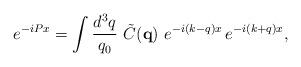
LaTeX: \begin{align*}e^{-iPx} = \int \frac{d^3q}{q_0}\, \, \tilde{C}({\mathbf{q}}) \,\, e^{-i(k-q)x} \, e^{-i(k+q)x} , \end{align*}